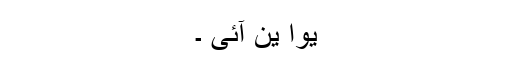
یوا ین آئی ۔